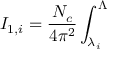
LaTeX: I _ { 1 , i } = \frac { N _ { c } } { 4 \pi ^ { 2 } } \int _ { \lambda _ { i } } ^ { { \large \Lambda } }